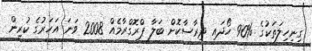
ގިނިހިލަތަކުގެ %90 ހޯދައި ދިރާސާކޮށް ބަލާ ޕްރޮގްރާމެއް 2008 ވަނަ އަހަރުގެ ކުރިން